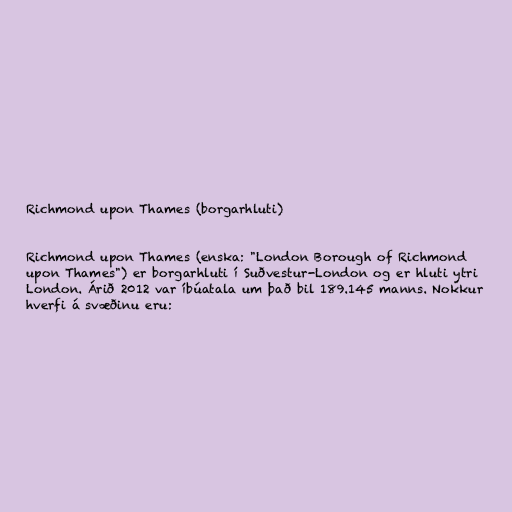
Richmond upon Thames (borgarhluti)

Richmond upon Thames (enska: "London Borough of Richmond
upon Thames") er borgarhluti í Suðvestur-London og er hluti ytri
London. Árið 2012 var íbúatala um það bil 189.145 manns. Nokkur
hverfi á svæðinu eru: